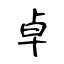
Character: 卓